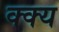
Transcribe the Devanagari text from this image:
क्क्य